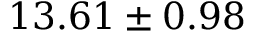
1 3 . 6 1 \pm 0 . 9 8